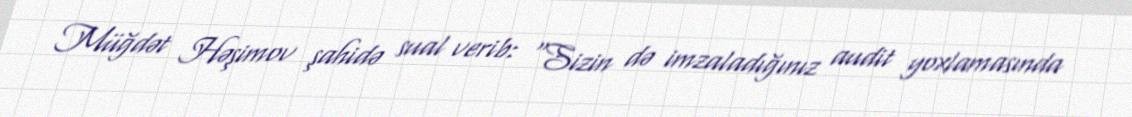
Müğdət Həşimov şahidə sual verib: "Sizin də imzaladığınız audit yoxlamasında